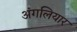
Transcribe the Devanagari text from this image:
अंगलियार